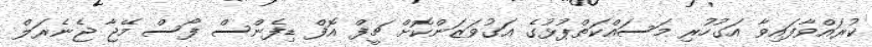
ކުރައްވާފައިވާ އަގުހުރި މަސައްކަތްޕުޅުގެ އަގުވަޒަންކޮށް ޗީފް އޮފް ޑިފެންސް ފޯސް މޭޖާ ޖެނެރަލް